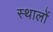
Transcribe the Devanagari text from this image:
स्थालों